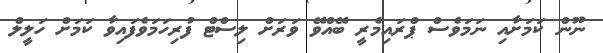
ނޫން ކަމަށާއި ނަމަވެސް ޕްރައިމެރީ ބޭއްވޭ ވަރަށް ލިސްޓް ފުރިހަމަވެފައިވާ ކަމަށް ހަލީލް